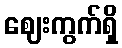
ဈေးကွက်ရှိ